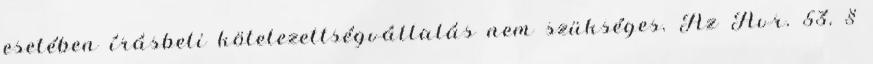
esetében írásbeli kötelezettségvállalás nem szükséges. Az Ávr. 53. §